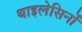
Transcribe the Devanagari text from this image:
थाइलेसिनों